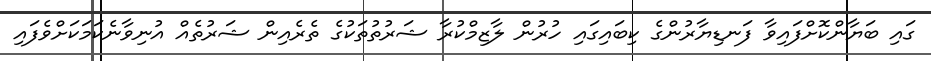
ގައި ބަޔާންކޮށްފައިވާ ފަނޑިޔާރުންގެ ކިބައިގައި ހުރުން ލާޒިމްކުރާ ޝަރުތުތަކުގެ ތެރެއިން ޝަރުތެއް އުނިވާނެކަމަކަށްވެފައި